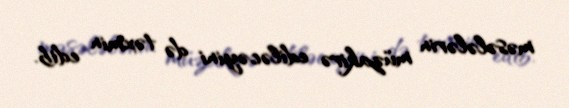
məsələlərin müzakirə ediləcəyini də təxmin edib.